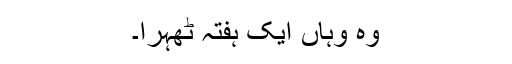
وہ وہاں ایک ہفتہ ٹھہرا۔